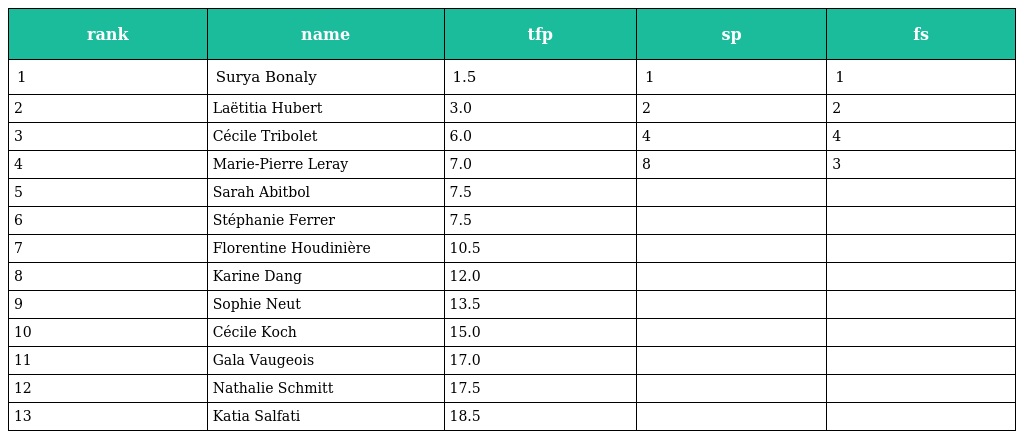
| rank | name | tfp | sp | fs |
 | --- | --- | --- | --- | --- |
 | 1 | Surya Bonaly | 1.5 | 1 | 1 |
 | 2 | Laëtitia Hubert | 3.0 | 2 | 2 |
 | 3 | Cécile Tribolet | 6.0 | 4 | 4 |
 | 4 | Marie-Pierre Leray | 7.0 | 8 | 3 |
 | 5 | Sarah Abitbol | 7.5 |  |  |
 | 6 | Stéphanie Ferrer | 7.5 |  |  |
 | 7 | Florentine Houdinière | 10.5 |  |  |
 | 8 | Karine Dang | 12.0 |  |  |
 | 9 | Sophie Neut | 13.5 |  |  |
 | 10 | Cécile Koch | 15.0 |  |  |
 | 11 | Gala Vaugeois | 17.0 |  |  |
 | 12 | Nathalie Schmitt | 17.5 |  |  |
 | 13 | Katia Salfati | 18.5 |  |  |